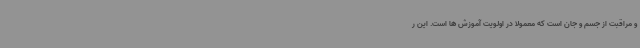
و مراقبت از جسم و جان است که معمولا در اولویت آموزش ها است. این ر